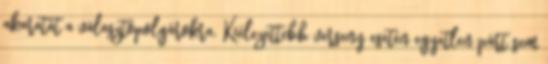
akaratát a választópolgárokra. Kiélezettebb verseny esetén egyetlen párt sem